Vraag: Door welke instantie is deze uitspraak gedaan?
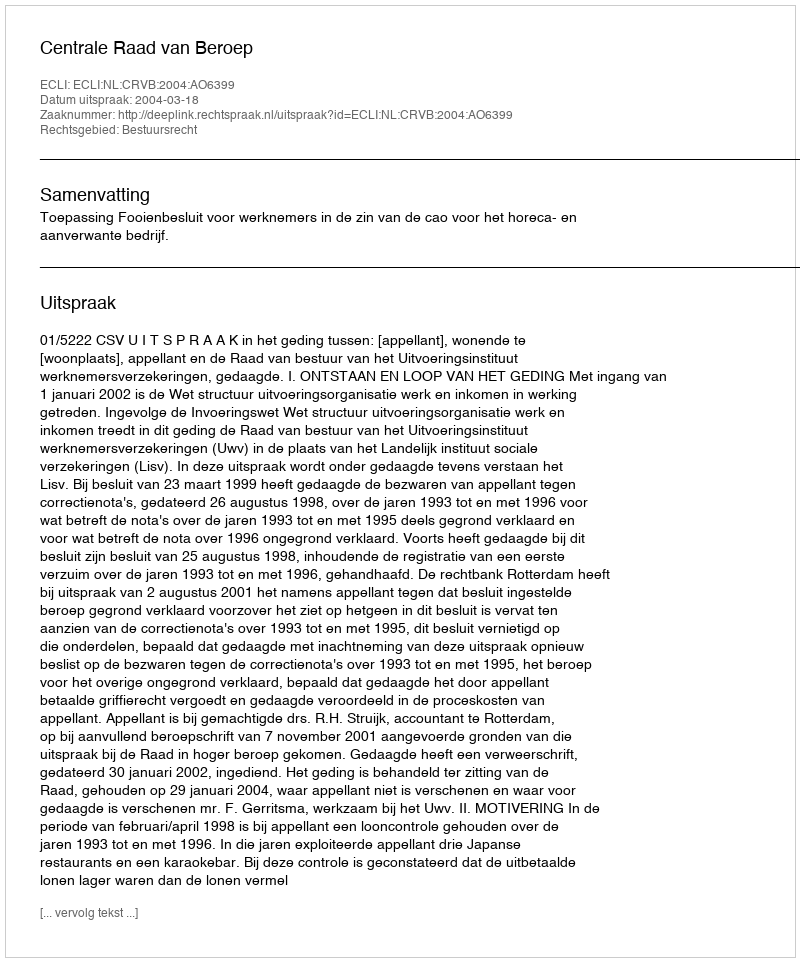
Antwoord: Centrale Raad van Beroep